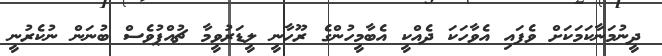
ދީނުމަނާކަމަކަށް ވެފައި އެވާހަކަ ދެއްކީ އެބާމީހުންގެ ރޫހާނީ ލީޑަރުވީމާ ޗުއްޕުވެސް ބުނަން ނުކެރުނީ